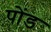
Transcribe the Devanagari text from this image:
पोंड